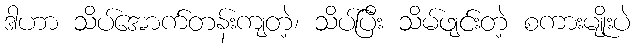
ဒါဟာ သိပ်အောက်တန်းကျတဲ့၊ သိပ်ပြီး သိမ်ဖျင်းတဲ့ စကားမျိုးပဲ